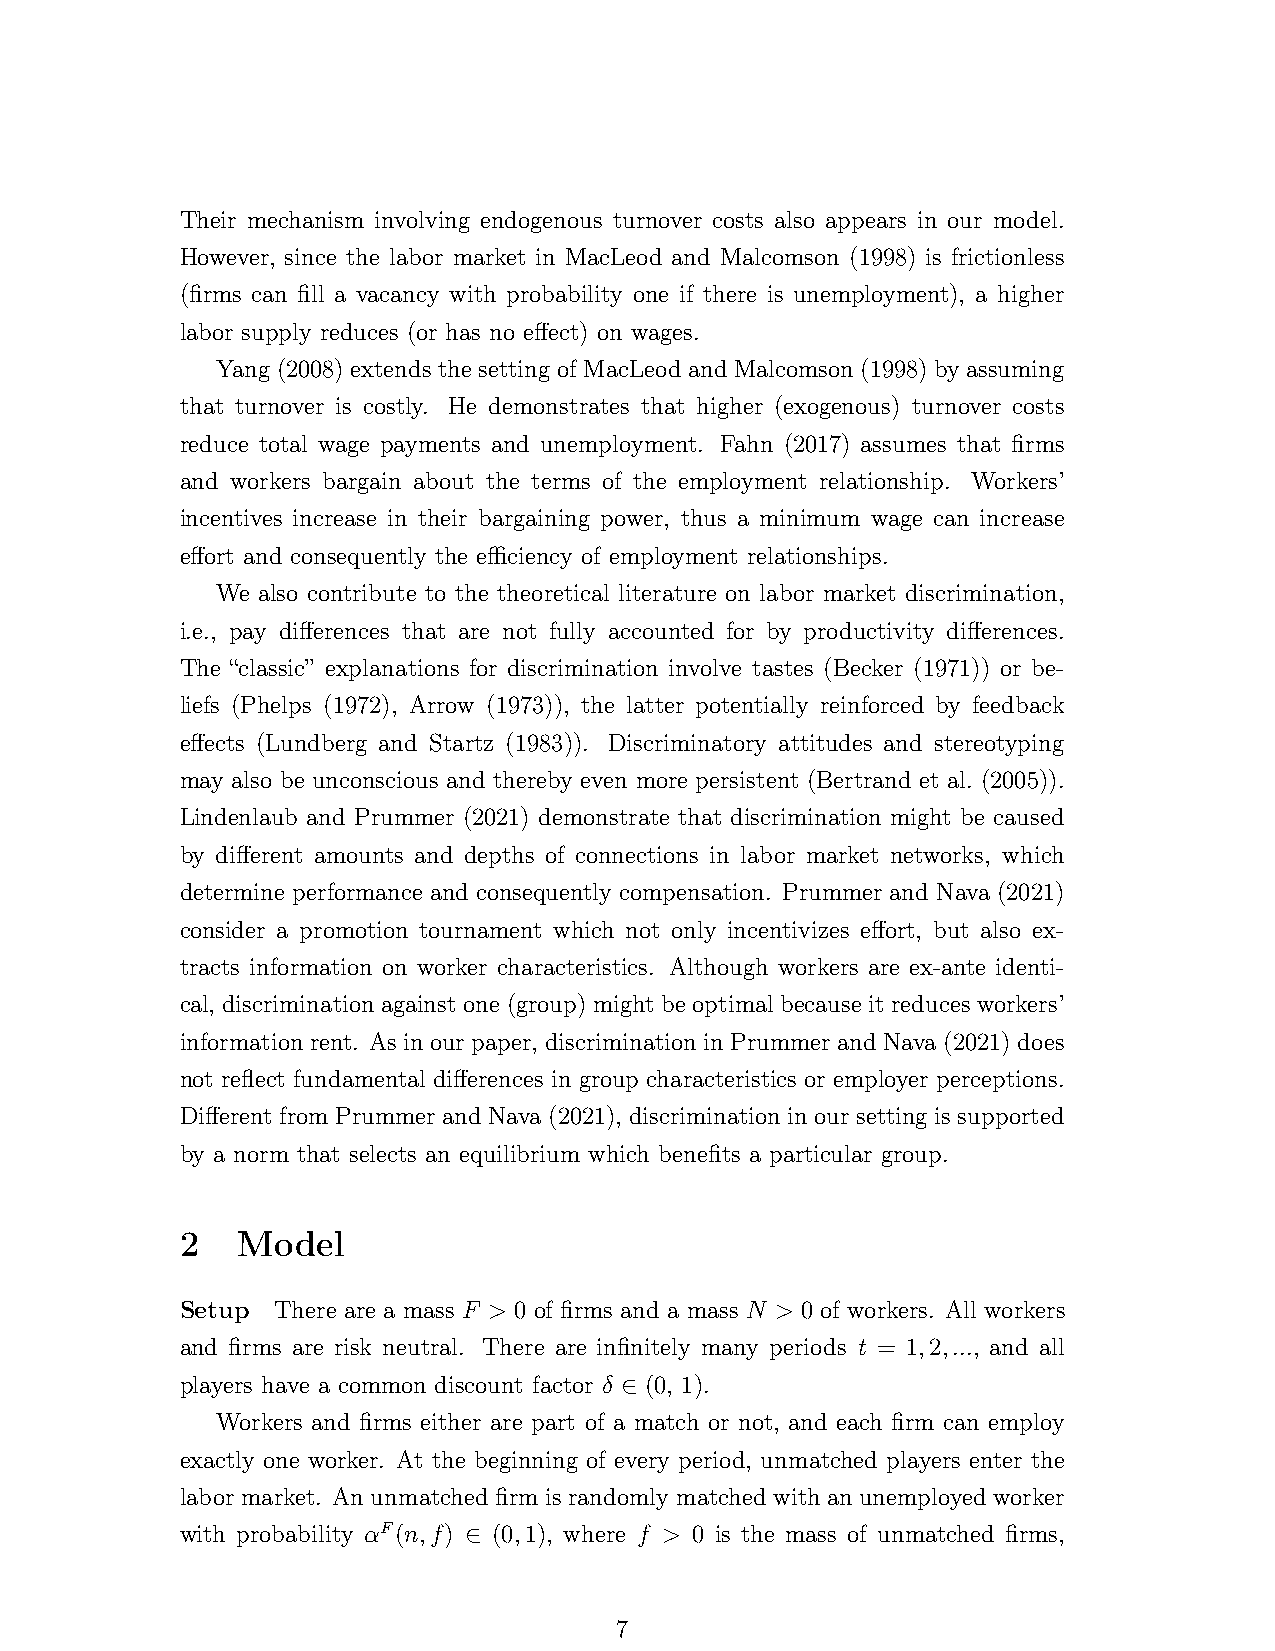
Their mechanism involving endogenous turnover costs also appears in our model.
 However, since the labor market in MacLeod and Malcomson (1998) is frictionless
 (firms can fill a vacancy with probability one if there is unemployment), a higher
 labor supply reduces (or has no effect) on wages.
 Yang (2008) extends the setting of MacLeod and Malcomson (1998) by assuming
 that turnover is costly. He demonstrates that higher (exogenous) turnover costs
 reduce total wage payments and unemployment. Fahn (2017) assumes that firms
 and workers bargain about the terms of the employment relationship. Workers’
 incentives increase in their bargaining power, thus a minimum wage can increase
 effort and consequently the efficiency of employment relationships.
 We also contribute to the theoretical literature on labor market discrimination,
 i.e., pay differences that are not fully accounted for by productivity differences.
 The “classic” explanations for discrimination involve tastes (Becker (1971)) or be-
 liefs (Phelps (1972), Arrow (1973)), the latter potentially reinforced by feedback
 effects (Lundberg and Startz (1983)). Discriminatory attitudes and stereotyping
 may also be unconscious and thereby even more persistent (Bertrand et al. (2005)).
 Lindenlaub and Prummer (2021) demonstrate that discrimination might be caused
 by different amounts and depths of connections in labor market networks, which
 determine performance and consequently compensation. Prummer and Nava (2021)
 consider a promotion tournament which not only incentivizes effort, but also ex-
 tracts information on worker characteristics. Although workers are ex-ante identi-
 cal, discrimination against one (group) might be optimal because it reduces workers’
 information rent. As in our paper, discrimination in Prummer and Nava (2021) does
 not reflect fundamental differences in group characteristics or employer perceptions.
 Different from Prummer and Nava (2021), discrimination in our setting is supported
 by a norm that selects an equilibrium which benefits a particular group.
 2   Model
 Setup There are a mass F > 0 of firms and a mass N > 0 of workers. All workers
 and firms are risk neutral. There are infinitely many periods t = 1,2,..., and all
 players have a common discount factor δ ∈ (0, 1).
 Workers and firms either are part of a match or not, and each firm can employ
 exactly one worker. At the beginning of every period, unmatched players enter the
 labor market. An unmatched firm is randomly matched with an unemployed worker
 with probability αF(n,f) ∈ (0,1), where f > 0 is the mass of unmatched firms,
 7